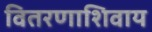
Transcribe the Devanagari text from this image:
वितरणाशिवाय